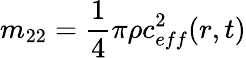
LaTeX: m_{22}=\frac{1}{4}\pi\rho c_{eff}^{2}(r,t)